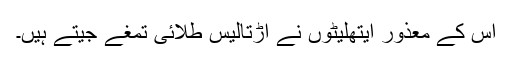
اُس کے معذور ایتھلیٹوں نے اڑتالیس طلائی تمغے جیتے ہیں۔